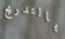
بالتدريج